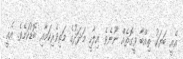
އެއީ ބަޔަކު ތިއްބާ ވީގޮތެއް ނޫނެވެ. އިލާހީ މަދަދުގެ މަތިވެރިކަމާއި ބޮޑުކަމެވެ. އެއީ